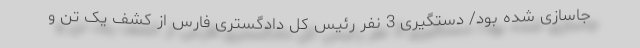
جاسازی شده بود/ دستگیری 3 نفر رئیس کل دادگستری فارس از کشف یک تن و